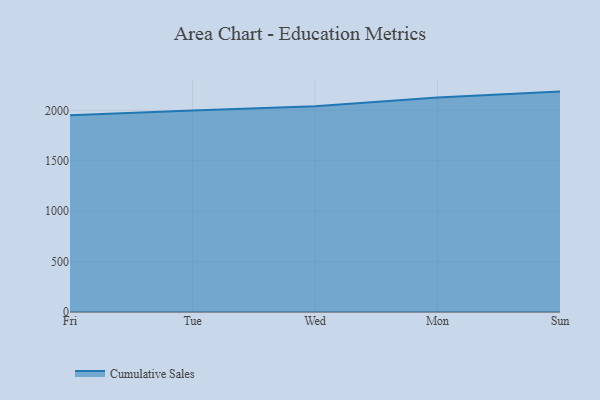
{"axis": {"x": "Day", "y": "LTV (USD)"}, "legend": ["Cumulative Sales"], "data": [{"x": "Fri", "y": 1950.1, "type": "Cumulative Sales"}, {"x": "Tue", "y": 1999.0, "type": "Cumulative Sales"}, {"x": "Wed", "y": 2039.3, "type": "Cumulative Sales"}, {"x": "Mon", "y": 2126.2, "type": "Cumulative Sales"}, {"x": "Sun", "y": 2185.7, "type": "Cumulative Sales"}]}